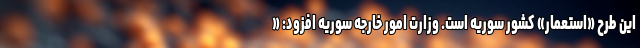
این طرح «استعمار» کشور سوریه است. وزارت امور خارجه سوریه افزود: «